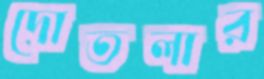
দোতলার